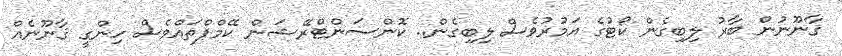
ޤާނޫނުން ބާރު ލިބިގެން ކޯޓުގެ އަމުރުވެސް ލިބިގެން.. ކޮންސަންޓްރޭޝަން ކޭމްޕްތައްވެސް ހިންގީ ޤާނޫނެއް